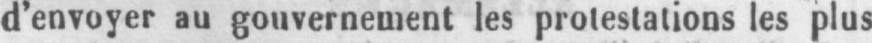
d’envoyer au gouvernement les protestations les plus